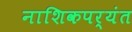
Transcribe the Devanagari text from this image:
नाशिकपर्यंत